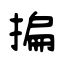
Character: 揙